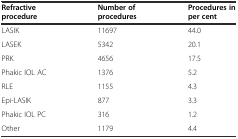
<table><thead><tr><td><b>Refractive procedure</b></td><td><b>Number of procedures</b></td><td><b>Procedures in per cent</b></td></tr></thead><tbody><tr><td>LASIK</td><td>11697</td><td>44.0</td></tr><tr><td>LASEK</td><td>5342</td><td>20.1</td></tr><tr><td>PRK</td><td>4656</td><td>17.5</td></tr><tr><td>Phakic IOL AC</td><td>1376</td><td>5.2</td></tr><tr><td>RLE</td><td>1155</td><td>4.3</td></tr><tr><td>Epi-LASIK</td><td>877</td><td>3.3</td></tr><tr><td>Phakic IOL PC</td><td>316</td><td>1.2</td></tr><tr><td>Other</td><td>1179</td><td>4.4</td></tr></tbody></table>